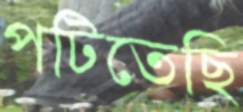
পটিতেছি